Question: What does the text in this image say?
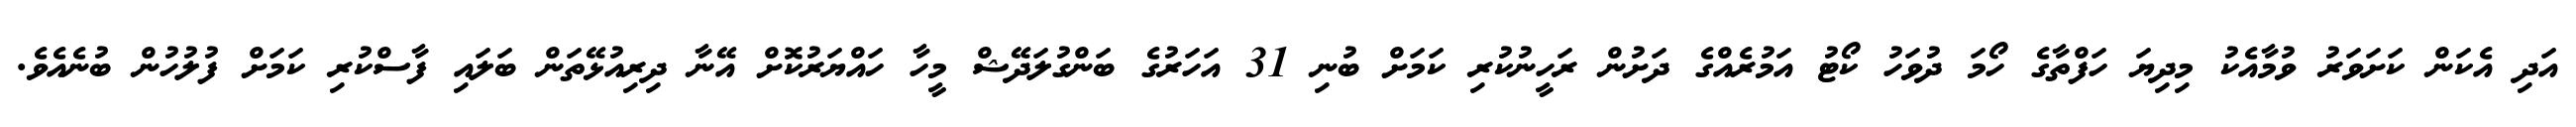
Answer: އަދި އެކަން ކަށަވަރު ވުމާއެކު މިދިޔަ ހަފްތާގެ ހޯމަ ދުވަހު ކޯޓު އަމުރެއްގެ ދަށުން ރަހީނުކުރި ކަމަށް ބުނި 31 އަހަރުގެ ބަންގުލަދޭޝް މީހާ ހައްޔަރުކޮށް އޭނާ ދިރިއުޅޭތަން ބަލައި ފާސްކުރި ކަމަށް ފުލުހުން ބުނެއެވެ.